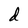
Character: d